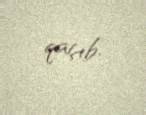
qaçıb.